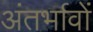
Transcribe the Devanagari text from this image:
अंतर्भावों